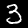
Label: 3